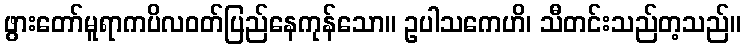
ဖွားတော်မူရာကပိလဝတ်ပြည်နေကုန်သော။ ဥပါသကေဟိ၊ သီတင်းသည်တ့သည်။